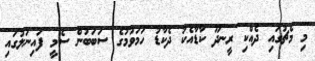
މި މެޗުގައި ދެއްކި ރީނދޫ ކާޑާއެކު ދެކާޑު ހަމަވުމުގެ ސަބަބުން ސެމީ ފައިނަލުގައި